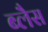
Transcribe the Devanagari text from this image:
ब्लैस